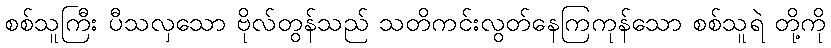
စစ်သူကြီး ပီသလှသော ဗိုလ်တွန်သည် သတိကင်းလွတ်နေကြကုန်သော စစ်သူရဲ တို့ကို